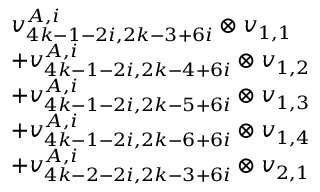
\begin{array} { r l } & { v _ { 4 k - 1 - 2 i , 2 k - 3 + 6 i } ^ { A , i } \otimes v _ { 1 , 1 } } \\ & { + v _ { 4 k - 1 - 2 i , 2 k - 4 + 6 i } ^ { A , i } \otimes v _ { 1 , 2 } } \\ & { + v _ { 4 k - 1 - 2 i , 2 k - 5 + 6 i } ^ { A , i } \otimes v _ { 1 , 3 } } \\ & { + v _ { 4 k - 1 - 2 i , 2 k - 6 + 6 i } ^ { A , i } \otimes v _ { 1 , 4 } } \\ & { + v _ { 4 k - 2 - 2 i , 2 k - 3 + 6 i } ^ { A , i } \otimes v _ { 2 , 1 } } \end{array}